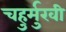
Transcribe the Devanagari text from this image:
चहुर्मुखी